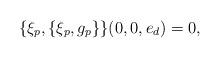
LaTeX: \begin{align*}\{\xi_p, \{\xi_p, g_p\}\}(0, 0,e_d)=0,\end{align*}